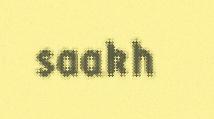
saakh